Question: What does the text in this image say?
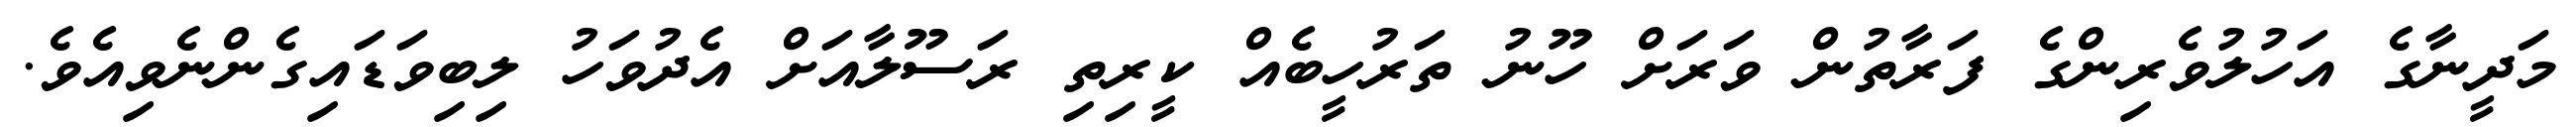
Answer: މަދީނާގެ އަހުލުވެރިންގެ ފަރާތުން ވަރަށް ހޫނު ތަރުހީބެއް ކީރިތި ރަސޫލާއަށް އެދުވަހު ލިބިވަޑައިގެންނެވިއެވެ.